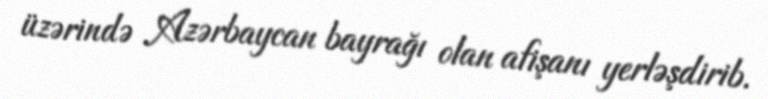
üzərində Azərbaycan bayrağı olan afişanı yerləşdirib.